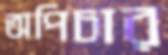
অপিচার